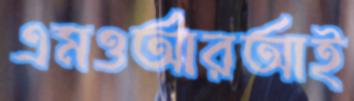
এমওআরআই